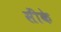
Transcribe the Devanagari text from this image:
सींके